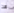
هذا